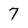
Character: 7